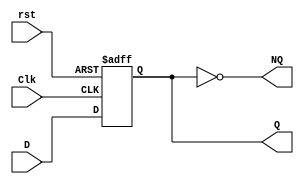
module D_ff (output reg Q,output NQ,input  D, Clk, rst);

assign NQ = ~Q;

always@ (posedge Clk, negedge rst)
if (rst==0) 
Q <= 1'b0; 
else 
 Q <= D;
endmodule